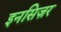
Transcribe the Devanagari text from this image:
इनसिज़र